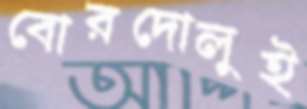
বোরদোলুই